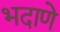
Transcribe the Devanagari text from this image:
भदाणे